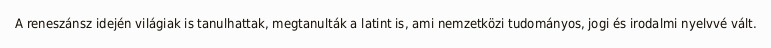
A reneszánsz idején világiak is tanulhattak, megtanulták a latint is, ami nemzetközi tudományos, jogi és irodalmi nyelvvé vált.